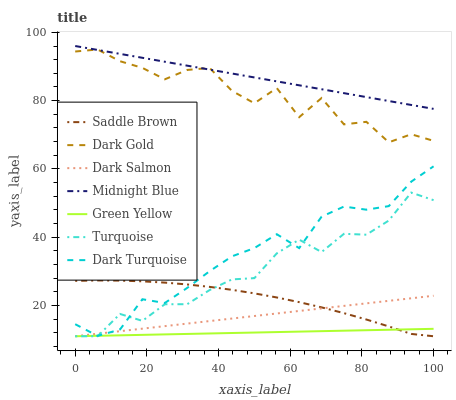
| xaxis_label | Saddle Brown | Dark Gold | Dark Salmon | Midnight Blue | Green Yellow | Turquoise | Dark Turquoise |
 | --- | --- | --- | --- | --- | --- | --- | --- |
 | 0 | 27.2 | 94.4 | 11 | 96 | 11 | 11 | 14.5 |
 | 6.25 | 27.3 | 95 | 11.7 | 94.8 | 11.1 | 11 | 11.1 |
 | 12.5 | 27.3 | 91.5 | 12.5 | 93.7 | 11.3 | 17.5 | 13 |
 | 18.8 | 27.1 | 89.6 | 13.2 | 92.5 | 11.4 | 15.5 | 21.8 |
 | 25 | 26.7 | 86.2 | 14 | 91.4 | 11.5 | 20.4 | 20.7 |
 | 31.2 | 26.2 | 89 | 14.7 | 90.2 | 11.7 | 20.4 | 25.2 |
 | 37.5 | 25.5 | 89.6 | 15.4 | 89.1 | 11.8 | 24.5 | 30 |
 | 43.8 | 24.6 | 82.9 | 16.2 | 87.9 | 12 | 27.6 | 34.4 |
 | 50 | 23.6 | 79.2 | 16.9 | 86.8 | 12.1 | 28 | 36.8 |
 | 56.2 | 22.4 | 83.7 | 17.7 | 85.6 | 12.2 | 35.3 | 40.9 |
 | 62.5 | 21 | 75.2 | 18.4 | 84.5 | 12.4 | 39.3 | 36.8 |
 | 68.8 | 19.5 | 80.8 | 19.2 | 83.3 | 12.5 | 35.7 | 46 |
 | 75 | 17.8 | 73.1 | 19.9 | 82.2 | 12.6 | 41 | 49 |
 | 81.2 | 15.9 | 73.8 | 20.6 | 81 | 12.8 | 40.7 | 48.1 |
 | 87.5 | 13.9 | 67.8 | 21.4 | 79.9 | 12.9 | 44.9 | 49.1 |
 | 93.8 | 11.7 | 70.2 | 22.1 | 78.7 | 13 | 53.1 | 56.3 |
 | 100 | 11 | 68.2 | 22.9 | 77.6 | 13.2 | 50.9 | 60.8 |